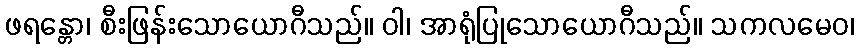
ဖရန္တော၊ စီးဖြန်းသောယောဂီသည်။ ဝါ၊ အာရုံပြုသောယောဂီသည်။ သကလမေဝ၊